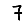
Digit: 7